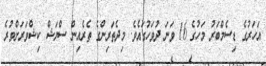
އަހަރުގެ ޑިސެމްބަރު މަހުގެ 16 ވަނަ ދުވަހުގައެވެ. މިދެތަރިންގެ ތެރެއިން ސްޔަޝް ކިޝްވަރަށްވުރެ